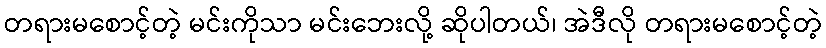
တရားမစောင့်တဲ့ မင်းကိုသာ မင်းဘေးလို့ ဆိုပါတယ်၊ အဲဒီလို တရားမစောင့်တဲ့